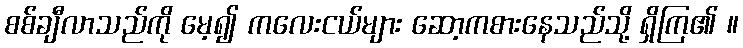
စစ်ချီလာသည်ကို မေ့၍ ကလေးငယ်များ ဆော့ကစားနေသည်သို့ ရှိကြ၏ ။